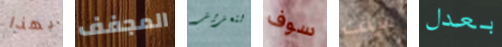
بهذا المجفف لتعزيز سوف سيث بعدل